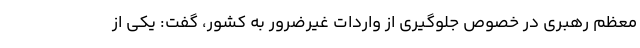
معظم رهبری در خصوص جلوگیری از واردات غیرضرور به کشور، گفت: یکی از